Annual report on the Civil Veterinary Department, Burma (including the Insein Veterinary School) - 1910-1922
Year: 1910
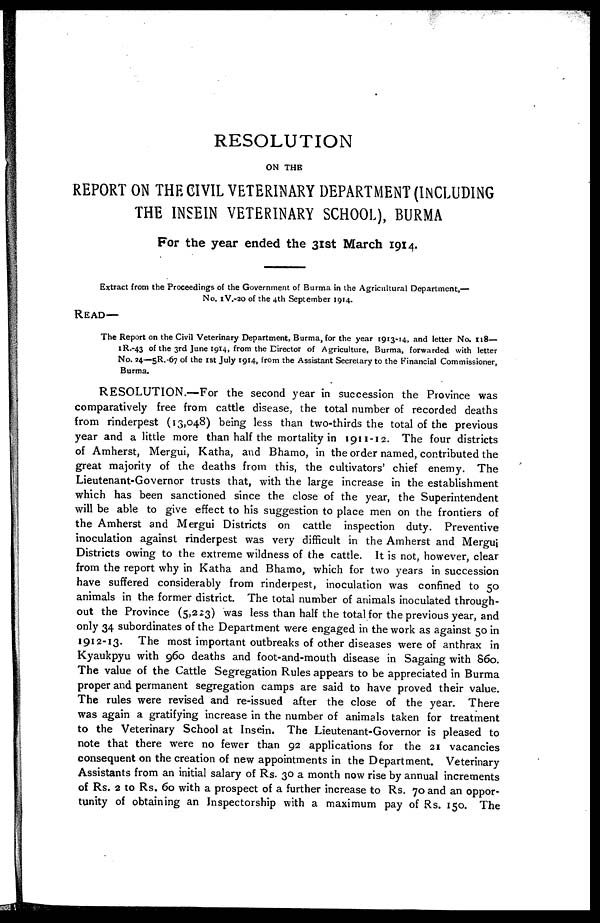
RESOLUTION
ON THE
REPORT ON THE CIVIL VETERINARY DEPARTMENT (INCLUDING
THE INSEIN VETERINARY SCHOOL), BURMA
For the year ended the 31st March 1914.
Extract from the Proceedings of the Government of Burma in the Agricultural Department,—
No. IV.-20 of the 4th September 1914.
READ—
The Report on the Civil Veterinary Department, Burma, for the year 1913-14, and letter No. 118—
1R.-43 of the 3rd June 1914, from the Director of Agriculture, Burma, forwarded with letter
No. 24—5R.-67 of the 1st July 1914, from the Assistant Secretary to the Financial Commissioner,
Burma.
RESOLUTION.—For the second year in succession the Province was
comparatively free from cattle disease, the total number of recorded deaths
from rinderpest (13,048) being less than two-thirds the total of the previous
year and a little more than half the mortality in 1911-12. The four districts
of Amherst, Mergui, Katha, and Bhamo, in the order named, contributed the
great majority of the deaths from this, the cultivators' chief enemy. The
Lieutenant-Governor trusts that, with the large increase in the establishment
which has been sanctioned since the close of the year, the Superintendent
will be able to give effect to his suggestion to place men on the frontiers of
the Amherst and Mergui Districts on cattle inspection duty. Preventive
inoculation against rinderpest was very difficult in the Amherst and Mergui
Districts owing to the extreme wildness of the cattle. It is not, however, clear
from the report why in Katha and Bhamo, which for two years in succession
have suffered considerably from rinderpest, inoculation was confined to 50
animals in the former district. The total number of animals inoculated through-
out the Province (5,223) was less than half the total for the previous year, and
only 34 subordinates of the Department were engaged in the work as against 50 in
1912-13. The most important outbreaks of other diseases were of anthrax in
Kyaukpyu with 960 deaths and foot-and-mouth disease in Sagaing with S60.
The value of the Cattle Segregation Rules appears to be appreciated in Burma
proper and permanent segregation camps are said to have proved their value.
The rules were revised and re-issued after the close of the year. There
was again a gratifying increase in the number of animals taken for treatment
to the Veterinary School at Insein. The Lieutenant-Governor is pleased to
note that there were no fewer than 92 applications for the 21 vacancies
consequent on the creation of new appointments in the Department. Veterinary
Assistants from an initial salary of Rs. 30 a month now rise by annual increments
of Rs. 2 to Rs. 60 with a prospect of a further increase to Rs. 70 and an oppor-
tunity of obtaining an Inspectorship with a maximum pay of Rs. 150. The